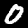
Digit: 0